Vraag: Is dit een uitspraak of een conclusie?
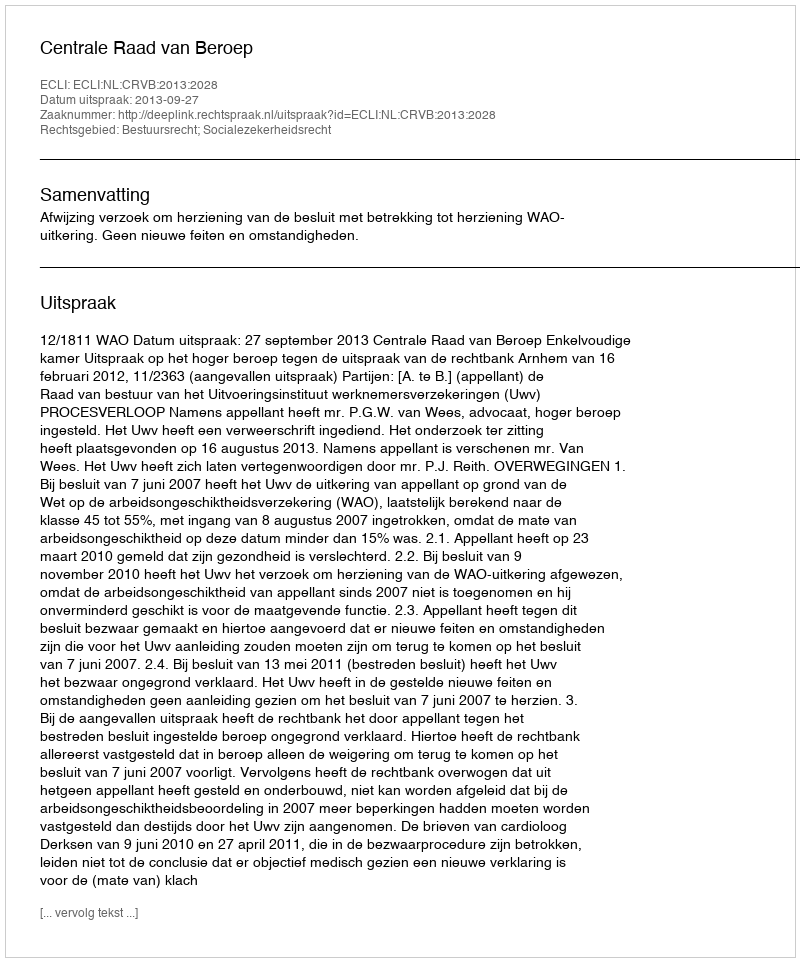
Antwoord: Uitspraak